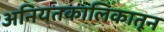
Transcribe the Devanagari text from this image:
अनियतकालिकातून